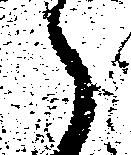
郎